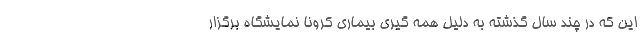
این که در چند سال گذشته به دلیل همه گیری بیماری کرونا نمایشگاه برگزار